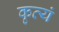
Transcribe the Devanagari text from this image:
कृत्यं